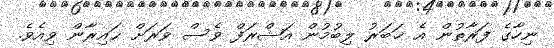
ނިހާގެ ފަރާތުން އެ ޚަބަރު ލިބުމުން އަޝްރަފް ވެސް ވަރަށް ޙައިރާން ވިއެވެ.